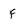
Character: F